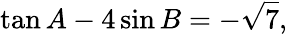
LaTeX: \tan A-4\sin B=-{\sqrt{7}},